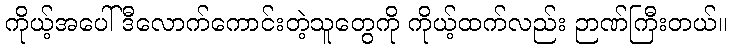
ကိုယ့်အပေါ် ဒီလောက်ကောင်းတဲ့သူတွေကို ကိုယ့်ထက်လည်း ဉာဏ်ကြီးတယ်။